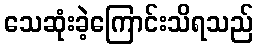
သေဆုံးခဲ့ကြောင်းသိရသည်